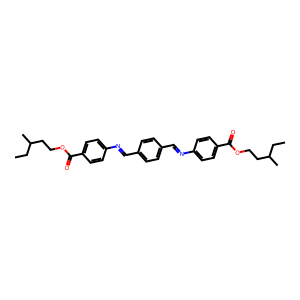
SMILES: CCC(C)CCOC(=O)c1ccc(N=Cc2ccc(C=Nc3ccc(C(=O)OCCC(C)CC)cc3)cc2)cc1
Inhibits HIV replication: No